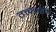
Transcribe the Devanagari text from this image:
तत्त्वदर्शक